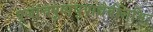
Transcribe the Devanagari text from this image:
पूजांचपुष्पधूपाद्यैर्बलिभिः